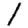
Digit: 1